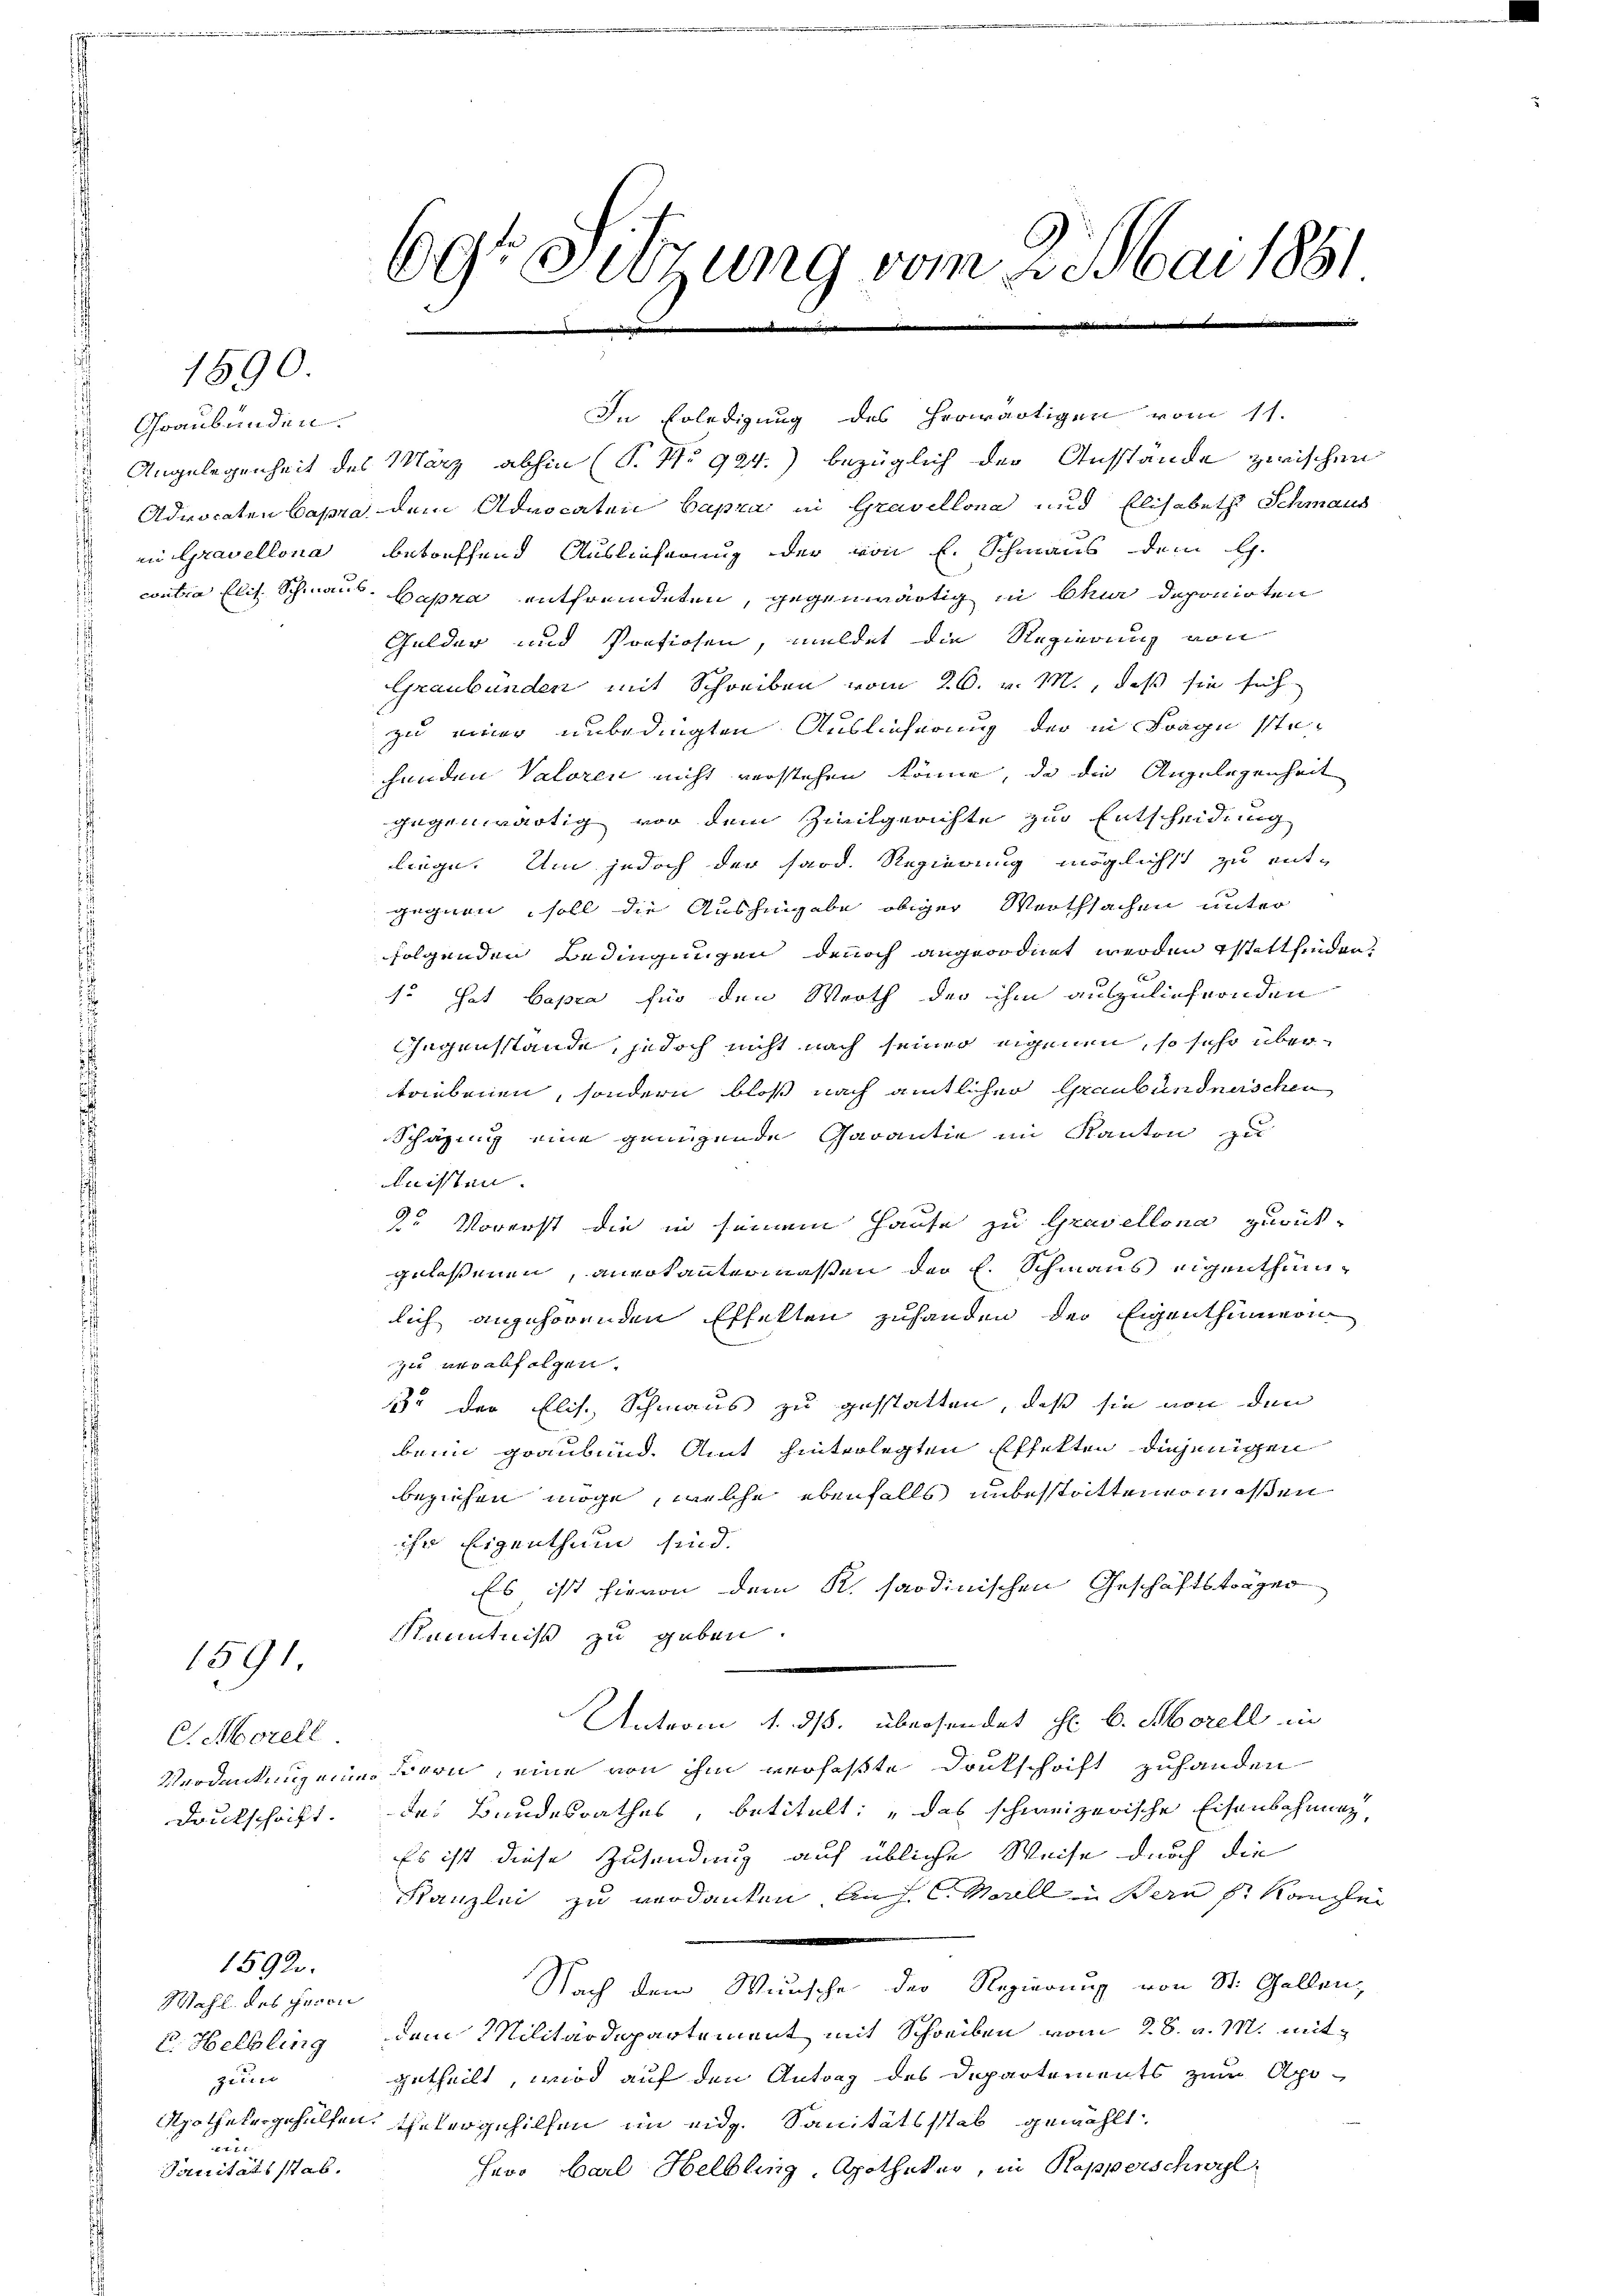
Graubünden.

1890.

1591

C. Morell
Druckschrift.

Wahl des Herrn
u. Helbling
zie
xx
Sanitätsstab.

15920.

69t Sitzung vom 2. Mai 1881
i

Angelegenheit des März abhin (S. No 924.) bezüglich der Anstände zwischen
Advocaten Capra dem Advocaten Capra in Gravellona und Elisabeth Schmaus
in Gravellona betreffend Auslieferung der von E. Schmaus dem G.
contra Elis. Schmaus. Bapra entfremdeten, gegenwärtig in Chur deponirten
Gulder und Portiosen, meldet die Regierung von
Graubünden mit Schreiben vom 26. v. M., daß sie sich
zu einer unbedingten Auslieferung der in Frage stehunden Valoren nicht verstehen könne, da die Angelegenheit
gegenwärtig vor dem Zivilgerichte zur Entscheidung
liege. Um jedoch der fand. Regierung möglichst zu entgegnen soll die Aushingabe obiger Werthsachen unter
folgenden Bedingungen denoch angeordnet werden Estattfinden.
so hat Capra für den Werth der ihm auszuliefernden
Gegenstände, jedoch nicht nach seiner eigenen, so sehr übertriebenen, sondern bloß nach amtlicher Graubündneischen
Schazung eine genügende Garantie im Kanton zu
leisten.
90
“ Vorerst die in seinem Hause zu Gravellona zurück-
gelassenen, anerkantermaßen der E. Schmaus eigenthümlich angehörenden Effelten zuhanden der Eigenthümern
zu verabfolgen.
32 der Elis. Schmaus zu gestatten, daß sie von den
beim graubünde Amt hinterlegten Effekten diejenigen
beziehen möge, welche ebenfalls unbestattenermaßen
ihr Eigenthum sind.
Es ist hievon dem K. Sardinischen Geschäftsträger
Kenntniß zu geben.
Unterm 1. ds. übersendet H. v. Morell in
Verdankung einer Fron, eine von ihm verfaßte Deutschaft zuhanden
des Bundesrathes, betitelt: „das schweizerische Eisenbahnung,
Es ist diese Zusendung auf übliche Weise durch die
Kanzlei zu verdanken aus l. Maill in Bern s. Kanzlei
d
Nach dem Wunsche der Regierung von St. Gallen,
dem Militärdepartement mit Schreiben vom 28. v. M. mit
getheilt, wird auf den Antrag des Departements zum Apo¬
Apotheln gehülfen, untergehilfen im eidg. Sanitätsstab gewählt.
Herr Carl Helbling, Apotheker, in Rapperschwyl

In Erledigung des herwärtigen vom 11.